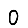
Digit: 0